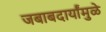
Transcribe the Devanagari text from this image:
जबाबदार्यांमुळे